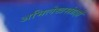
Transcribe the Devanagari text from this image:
अभिलेखसंग्रहों